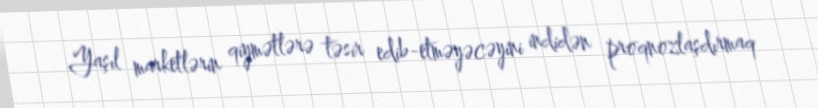
Yaşıl marketlərin qiymətlərə təsir edib-etməyəcəyini indidən proqnozlaşdırmaq